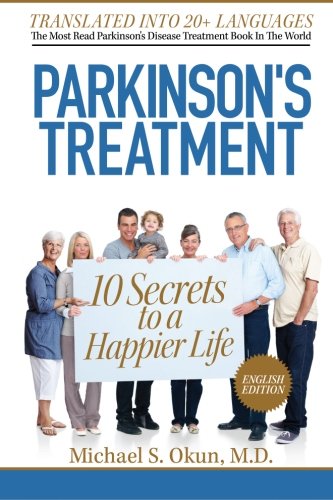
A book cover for Parkinson's Treatment: 10 Secrets to a Happier Life: English Edition; Michael S Okun MD; Health, Fitness & Dieting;